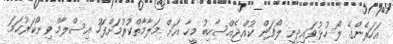
އަހަރެންގެ ލޯ ހުޅުވައިދިނީ ލޯފަން ކުއްޖެއްސާހިބު މީހާ އަށް މަލާމާތްކުރުމަށްފަހު އިސްލާމްވި ނޯކަރުހަމަ